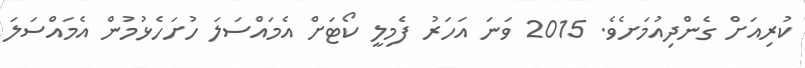
ކުރިއަށް ގެންދިއުމަށެވެ. 2015 ވަނަ އަހަރު ފެމިލީ ކޯޓަށް އެމައްސަލަ ހުށަހެޅުމުން އެމައްސަލަ